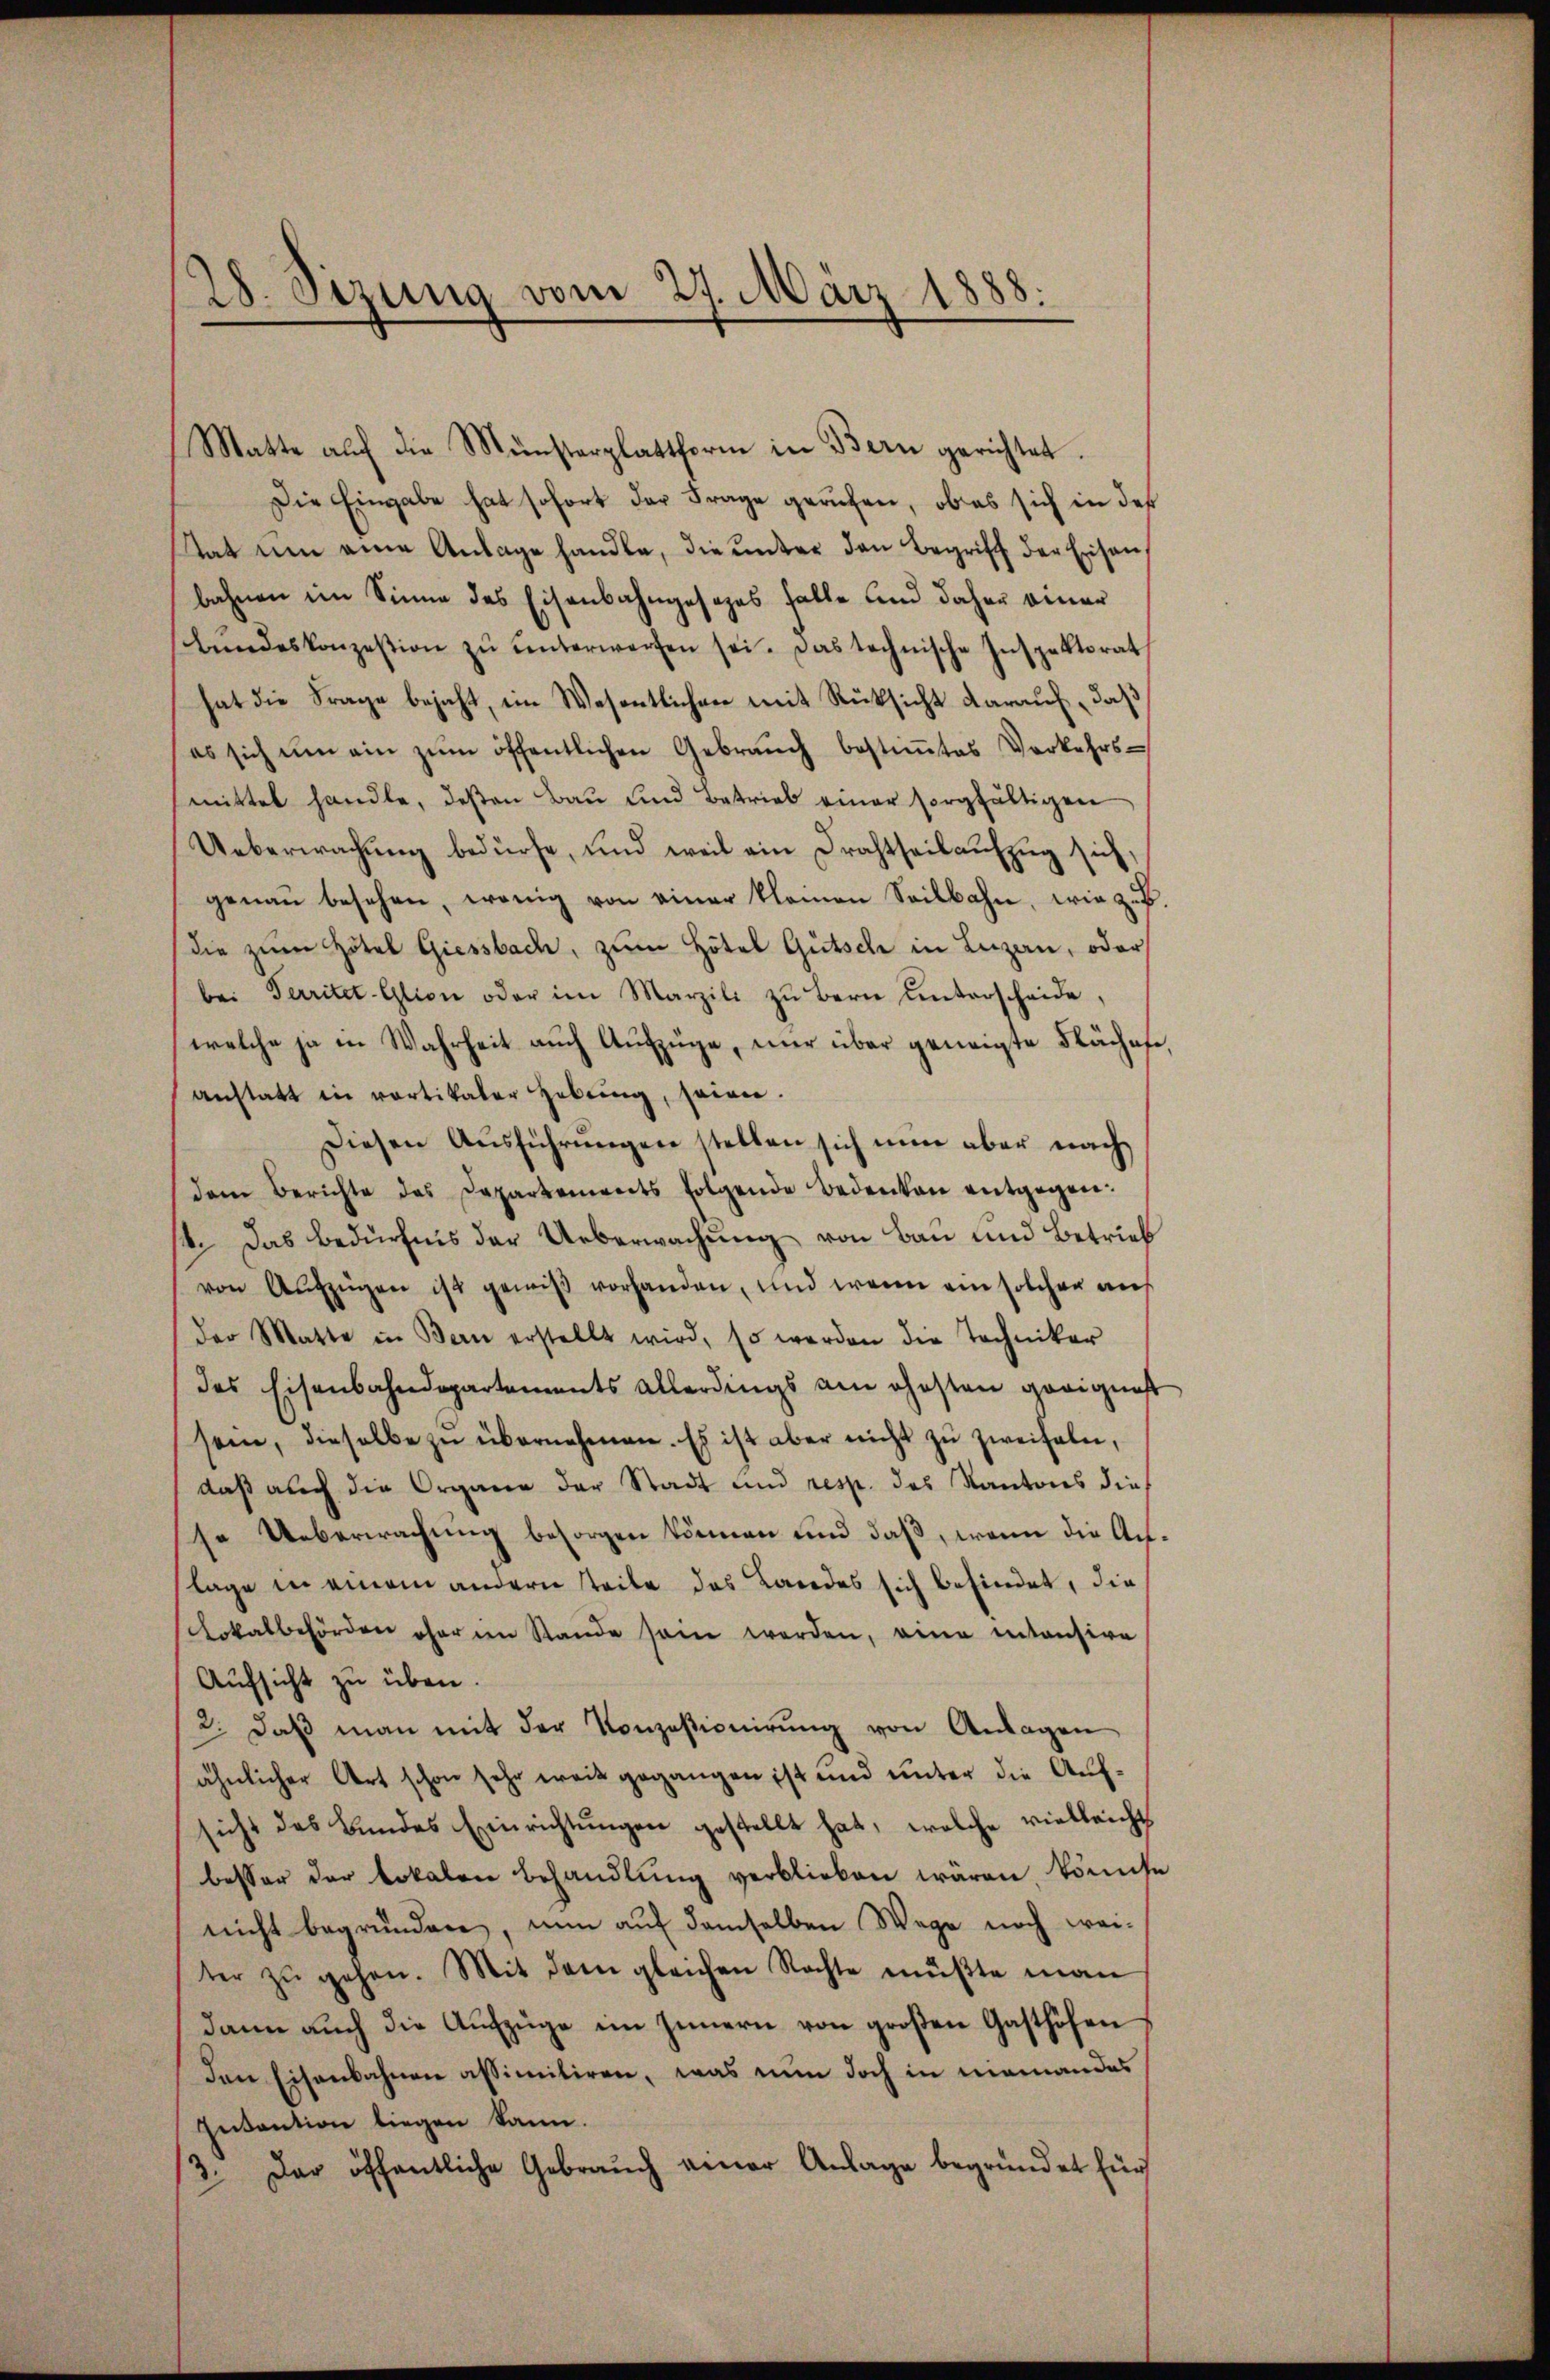
28. Sizung vom 27. März 1888.
—

Matte auf die Münsterplattform in Bern gerichtet.
Die Eingabe hat sofort der Frage gerufen, ob es sich in des
tat um eine Anlage handle, die unter den Begriff der Eisenbahnen im Sinne des Eisenbahngesezes falle und daher einer
lundeskonzession zŭ ŭnterwerfen sei. Das technische Inspektorat
hat die Frage bejaht, im Wesentlichen mit Rücksicht darauf, daß
es sich um ein zŭm öffentlichen Gebraŭch bestiṁtes Verkehrs-
smittel handle, deßen Bau und Betrieb einer sorgfältigen
Ueberwachung bedürfe, und weil ein Drahtseil aufzug sich,
genaŭ besehen, wenig von einer kleinen Seilbahn, wie zŭg.
die zum Hotel Giessbach, zum Hotel Gutsche in Luzan, oder
bei Territet-Glion oder im Marzili zŭ bern ŭnterscheide,
welche ja in Wahrheit auch Aufzüge, nur über geneigte Fläches,
anstatt in partikaler Hebŭng, seien.
Diesen Aŭsführŭngen stellen sich nŭn aber nach
dem Berichte des Departements folgende Bedenken entgegen¬
4. Das Bedürfnis der Ueberwachung von Bau und Betrieb
von Aufzügen ist gewiß vorhanden, und wenn ein solcher an
der Matte in Bern erstellt wird, so werden die Techniker
des Eisenbahndepartements allerdings am ehesten geeignest
sein, dieselbe zŭ übernehmen. Es ist aber nicht zu zweifeln,
daß auch die Organe der Stadt und resp. des Kantons die
se Ueberwachung besorgen können und daß, wenn die Auflage in einem andern teile das Landes sich befindet, die
cokalbehörden ohne im Stande sein werden, eine intensire
Aufsicht zu üben.
2. daβ man mit der Konzesionierŭng von Anlagen
ähnlicher Art schon sehr weit gegangen ist und unter die Aufsicht des Bundes Einrichtŭngen gestellt hat, welche vielleicht
besser der Lokalen behandlung verblieben wären, könnte
nicht begründen, nun auf demselben Wege noch weiter zŭ gehen. Mit dem gleichen Rechte müßte man
dann auch die Aufzüge im Innern von großen Gasthöfen
Den Eisenbahnen assimitiren, was nun doch in niemandes
Invention liegen kann.
3. Der öffentliche Gebrauch einer Anlage begründet für